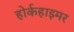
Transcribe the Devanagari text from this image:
होर्कहाइमर